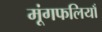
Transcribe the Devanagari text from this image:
मूंगफलियाँ